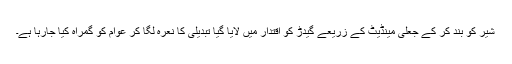
شیر کو بند کر کے جعلی مینڈیٹ کے زریعے گیدڑ کو اقتدار میں لایا گیا تبدیلی کا نعرہ لگا کر عوام کو گمراہ کیا جارہا ہے۔